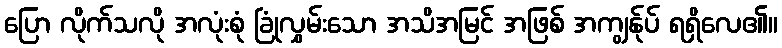
ပြော လိုက်သလို အလုံးစုံ ခြုံလွှမ်းသော အသိအမြင် အဖြစ် အကျွန်ုပ် ရရှိလေ၏။